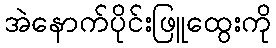
အဲနောက်ပိုင်းဖြူထွေးကို